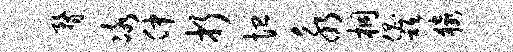
瞀冰仲折恤永桐倡只猿